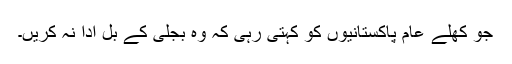
جو کھلے عام پاکستانیوں کو کہتی رہی کہ وہ بجلی کے بل ادا نہ کریں۔